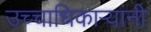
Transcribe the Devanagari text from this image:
उच्चाधिकाऱ्यांनी